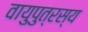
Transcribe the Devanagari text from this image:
वायुपुत्रस्य